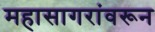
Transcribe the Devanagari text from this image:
महासागरांवरून